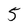
Character: 5